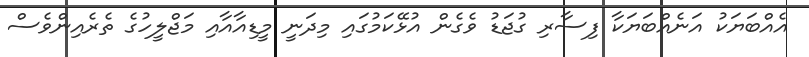
އެއްބަޔަކު އަނެއްބަޔަކާ ފިސާރި ގުޖަޑު ވެގެން އުޅޭކަމުގައި މިދަނީ މީޑިއާއާއި މަޖްލީހުގެ ތެރެއިންވެސް